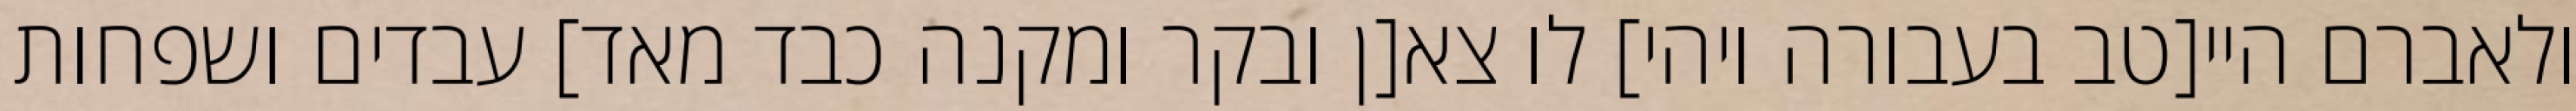
ולאברם היי[טב בעבורה ויהי] לו צא[ן ובקר ומקנה כבד מאד] עבדים ושפחות